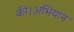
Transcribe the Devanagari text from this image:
की।अभियान